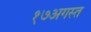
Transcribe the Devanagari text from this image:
१७अगस्त